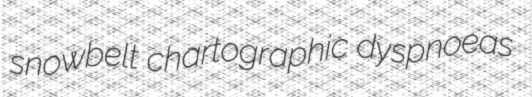
snowbelt chartographic dyspnoeas